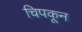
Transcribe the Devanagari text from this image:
चिपकून